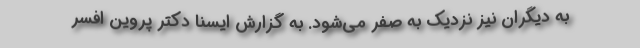
به دیگران نیز نزدیک به صفر می‌شود. به گزارش ایسنا دکتر پروین افسر